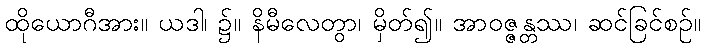
ထိုယောဂီအား။ ယဒါ၊ ၌။ နိမီလေတွာ၊ မှိတ်၍။ အာဝဇ္ဇန္တဿ၊ ဆင်ခြင်စဉ်။